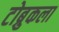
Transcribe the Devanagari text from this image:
टोब्रुकला